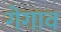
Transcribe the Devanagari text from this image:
गेगाव